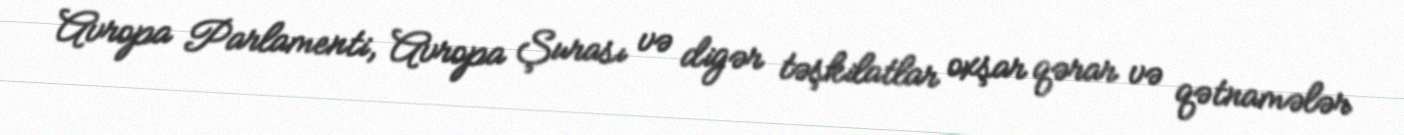
Avropa Parlamenti, Avropa Şurası və digər təşkilatlar oxşar qərar və qətnamələr